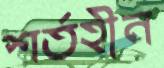
শর্তহীন